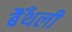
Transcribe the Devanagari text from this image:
बैँथली